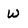
Character: W